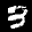
Label: 3